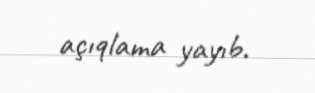
açıqlama yayıb.